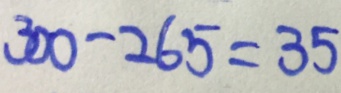
3 0 0 - 2 6 5 = 3 5